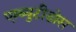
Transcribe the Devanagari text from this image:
एम्ब्युटीडोस